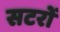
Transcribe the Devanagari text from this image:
सटरों